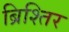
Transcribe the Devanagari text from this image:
ब्रिश्तिर